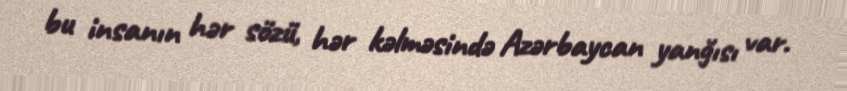
bu insanın hər sözü, hər kəlməsində Azərbaycan yanğısı var.